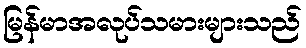
မြန်မာအလုပ်သမားများသည်